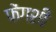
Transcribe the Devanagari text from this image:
फेंगशी